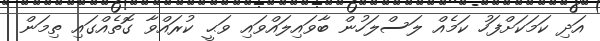
އަދި ކަމަކަށްފަހު ކަމެއް ލަސްލަހުން ބާވައިލައްވައި ވަޙީ ކުރައްވާ ގޮތެއްގައި ތިމަން